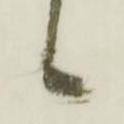
候